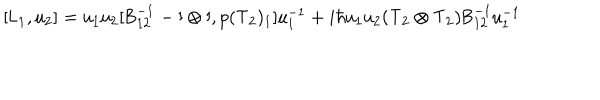
LaTeX: [ \mathsf { L } _ { 1 } , \mathsf { u } _ { 2 } ] = \mathsf { u _ { 1 } u _ { 2 } } [ \mathsf { B } _ { 1 2 } ^ { - 1 } - \mathsf { I \otimes I } , p ( \mathsf { T } _ { 2 } ) _ { 1 } ] \mathsf { u } _ { 1 } ^ { - 1 } + i \hbar \mathsf { u _ { 1 } u _ { 2 } } \mathsf { ( T _ { 2 } \otimes T _ { 2 } ) } \mathsf { B } _ { 1 2 } ^ { - 1 } \mathsf { u } _ { 1 } ^ { - 1 }